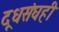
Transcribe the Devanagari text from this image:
दूधसंघही